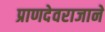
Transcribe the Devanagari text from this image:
प्राणदेवराजाने